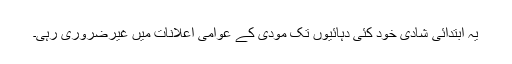
یہ ابتدائی شادی خود کئی دہائیوں تک مودی کے عوامی اعلانات میں غیرضروری رہی۔